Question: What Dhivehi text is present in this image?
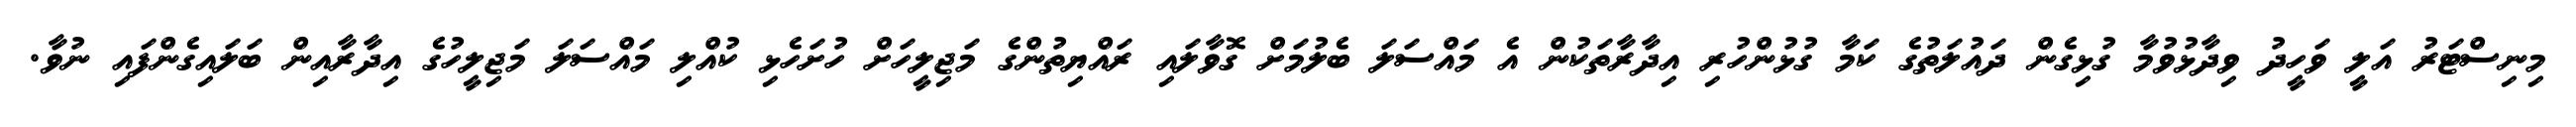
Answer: މިނިސްޓަރު އަލީ ވަހީދު ވިދާޅުވުމާ ގުޅިގެން ދައުލަތުގެ ކަމާ ގުޅުންހުރި އިދާރާތަކުން އެ މައްސަލަ ބެލުމަށް ގޮވާލައި ރައްޔިތުންގެ މަޖިލީހަށް ހުށަހެޅި ކުއްލި މައްސަލަ މަޖިލީހުގެ އިދާރާއިން ބަލައިގެންފައި ނުވާ.